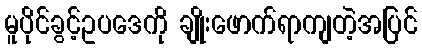
မူပိုင်ခွင့်ဥပဒေကို ချိုးဖောက်ရာကျတဲ့အပြင်